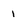
Character: 1